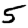
Digit: 5